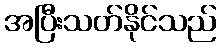
အပြီးသတ်နိုင်သည်